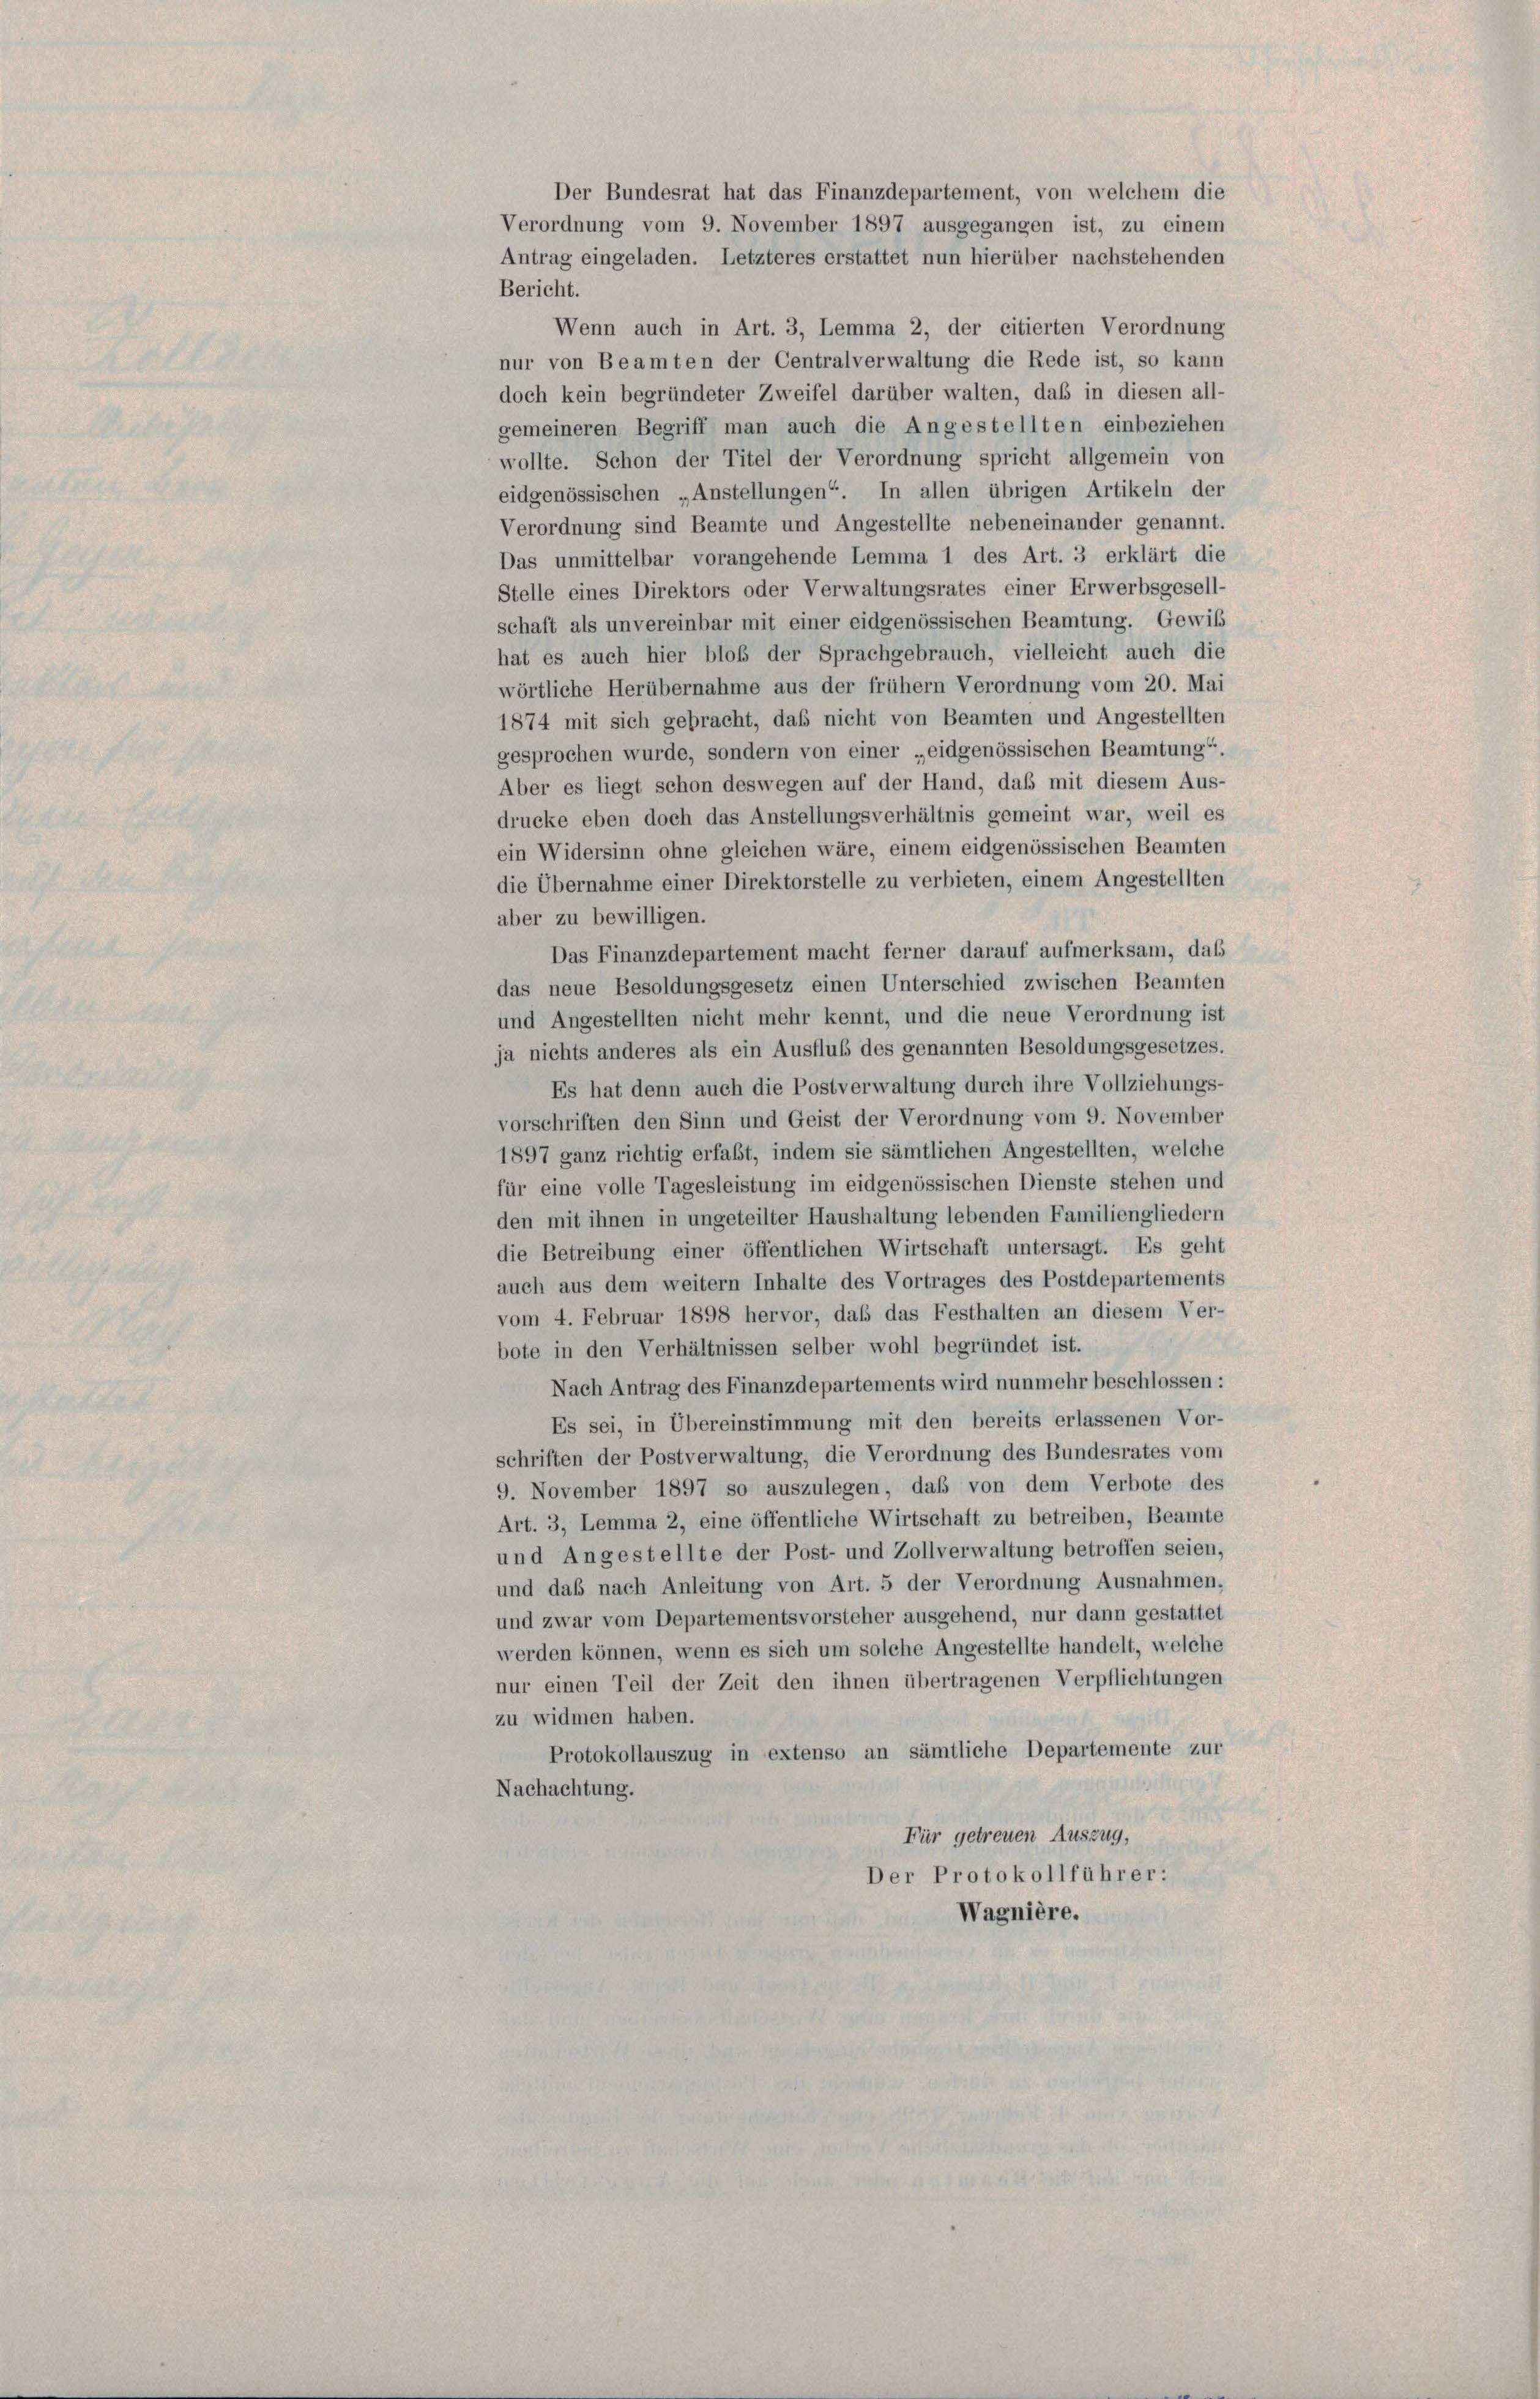
Antrag eingeladen. Letzteres erstattet nun hierüber nachstehenden
Bericht.
Wenn auch in Art. 3, Lemma 2, der citierten Verordnung
nur von Beamten der Centralverwaltung die Rede ist, so kann
doch kein begründeter Zweifel darüber walten, daß in diesen all-
gemeineren Begriff man auch die Angestellten einbeziehen
wollte. Schon der Titel der Verordnung spricht allgemein von
eidgenössischen „Anstellungen“. In allen übrigen Artikeln der
Verordnung sind Beamte und Angestellte nebeneinander genannt.
Das unmittelbar vorangehende Lemma 1 des Art. 3 erklärt die
Stelle eines Direktors oder Verwaltungsrates einer Erwerbsgesell-
schaft als unvereinbar mit einer eidgenössischen Beamtung. Gewiß
hat es auch hier bloß der Sprachgebrauch, vielleicht auch die
wörtliche Herübernahme aus der frühem Verordnung vom 20. Mai
1874 mit sich gebracht, daß nicht von Beamten und Angestellten
gesprochen wurde, sondern von einer „eidgenössischen Beamtung“.
Aber es liegt schon deswegen auf der Hand, daß mit diesem Aus-
drucke eben doch das Anstellungsverhältnis gemeint war, weil es
ein Widersinn ohne gleichen wäre, einem eidgenössischen Beamten
die Übernahme einer Direktorstelle zu verbieten, einem Angestellten
aber zu bewilligen.
Das Finanzdepartement macht ferner darauf aufmerksam, dass
das neue Besoldungsgesetz einen Unterschied zwischen Beamten
und Angestellten nicht mehr kennt, und die neue Verordnung ist
ja nichts anderes als ein Ausfluß des genannten Besoldungsgesetzes.
Es hat denn auch die Postverwaltung durch ihre Vollziehungs-
vorschriften den Sinn und Geist der Verordnung vom 9. November
1897 ganz richtig erfaßt, indem sie sämtlichen Angestellten, welche
für eine volle Tagesleistung im eidgenössischen Dienste stehen und
den mit ihnen in ungeteilter Haushaltung lebenden Familiengliedern
die Betreibung einer öffentlichen Wirtschaft untersagt. Es geht
auch aus dem weitern Inhalte des Vortrages des Postdepartements
vom 4. Februar 1898 hervor, daß das Festhalten an diesem Ver-
bote in den Verhältnissen selber wohl begründet ist.
Nach Antrag des Finanzdepartements wird nunmehr beschlossen:
Es sei, in Übereinstimmung mit den bereits erlassenen Vor-
schriften der Postverwaltung, die Verordnung des Bundesrates vom
9. November 1897 so auszulegen, daß von dem Verbote des
Art. 3, Lemma 2, eine öffentliche Wirtschaft zu betreiben, Beamte
und Angestellte der Post- und Zollverwaltung betroffen seien,
und daß nach Anleitung von Art. 5 der Verordnung Ausnahmen,
und zwar vom Departementsvorsteher ausgehend, nur dann gestattet
werden können, wenn es sich um solche Angestellte handelt, welche
nur einen Teil der Zeit den ihnen übertragenen Verpflichtungen
zu widmen haben.
Protokollauszug in extenso an sämtliche Departemente zur
Nachachtung.
Für getreuen Auszug,
Der Protokollführer:
Wagnière.

Der Bundesrat hat das Finanzdepartement, von welchem die
Verordnung vom 9. November 1897 ausgegangen ist, zu einem